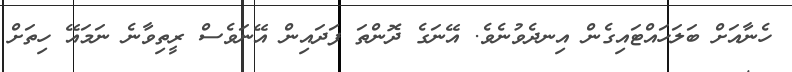
ހެނާއަށް ބަލަހައްޓައިގެން އިނދެވުނެވެ. އޭނަގެ ދޮންތަ ފަދައިން އޭނަވެސް ރީތިވާނެ ނަމައޭ ހިތަށް